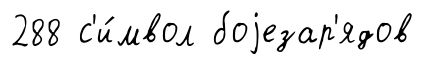
288 с'и́мвол боjезар'ядов